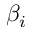
\beta _ { i }